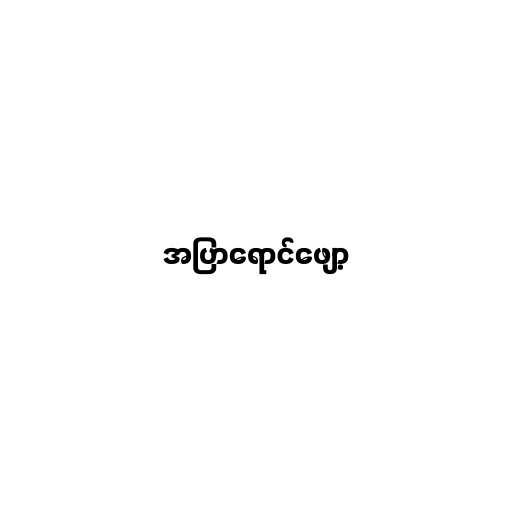
အပြာရောင်ဖျော့